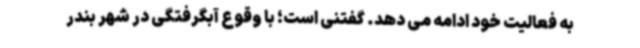
به فعالیت خود ادامه می دهد. گفتنی است؛ با وقوع آبگرفتگی در شهر بندر